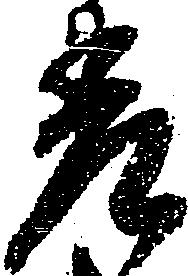
差